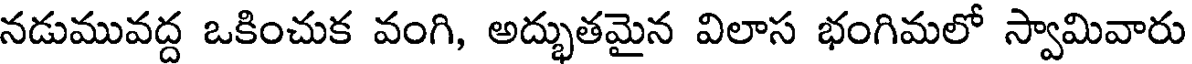
నడుమువద్ద ఒకించుక వంగి, అద్భుతమైన విలాస భంగిమలో స్వామివారు